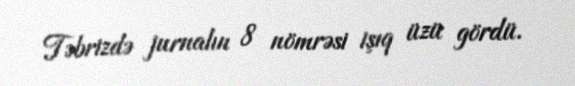
Təbrizdə jurnalın 8 nömrəsi işıq üzü gördü.